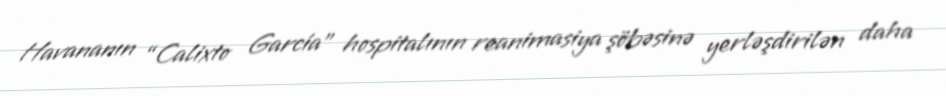
Havananın “Calixto García” hospitalının reanimasiya şöbəsinə yerləşdirilən daha